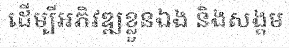
ដើម្បីអភិវឌ្ឍខ្លួនឯង និងសង្គម